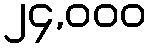
၂၄,၀၀၀